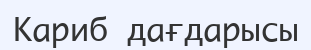
Кариб дағдарысы